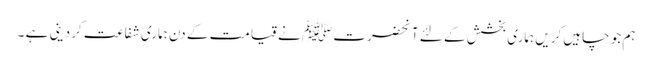
ہم جو چاہیں کریں ہماری بخشش کے لئے آنحضرت ﷺ نے قیامت کے دن ہماری شفاعت کردینی ہے ۔